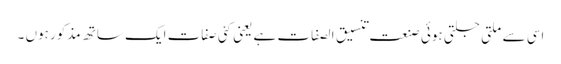
اسی سے ملتی جلتی ہوئی صنعت تنسیق الصفات ہے یعنی کئی صفات ایک ساتھ مذکور ہوں ۔